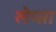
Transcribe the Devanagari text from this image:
लेप्सा